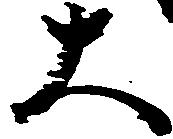
大